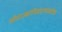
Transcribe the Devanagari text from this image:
सीताज्वरनिवारणस्तोत्र